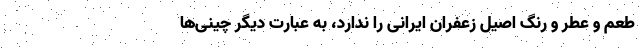
طعم و عطر و رنگ اصیل زعفران ایرانی را ندارد، به عبارت دیگر چینی‌ها